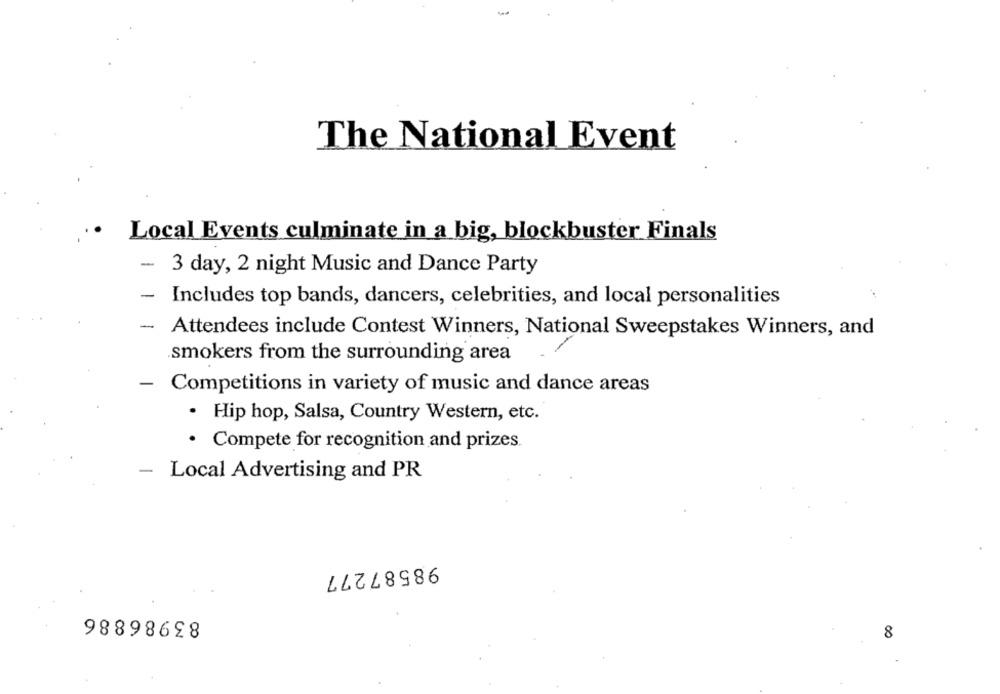
The National Event
Local Events culminate in a big, blockbuster Finals
-
3 day, 2 night Music and Dance Party
- Includes top bands, dancers, celebrities, and local personalities
- Attendees include Contest Winners, National Sweepstakes Winners, and
.smokers from the surrounding area
- Competitions in variety of music and dance areas
· Hip hop, Salsa, Country Western, etc.
· Compete for recognition and prizes.
-
Local Advertising and PR
98587277
83986886
8